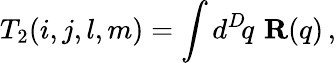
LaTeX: T_{2}(i,j,l,m)=\int d^{D}\! q\, \, {\mathbf R}(q)\, ,